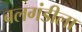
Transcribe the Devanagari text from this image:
बलगंडीला